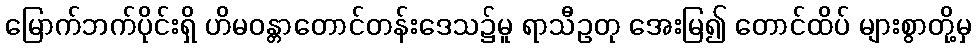
မြောက်ဘက်ပိုင်းရှိ ဟိမဝန္တာတောင်တန်းဒေသ၌မူ ရာသီဥတု အေးမြ၍ တောင်ထိပ် များစွာတို့မှ